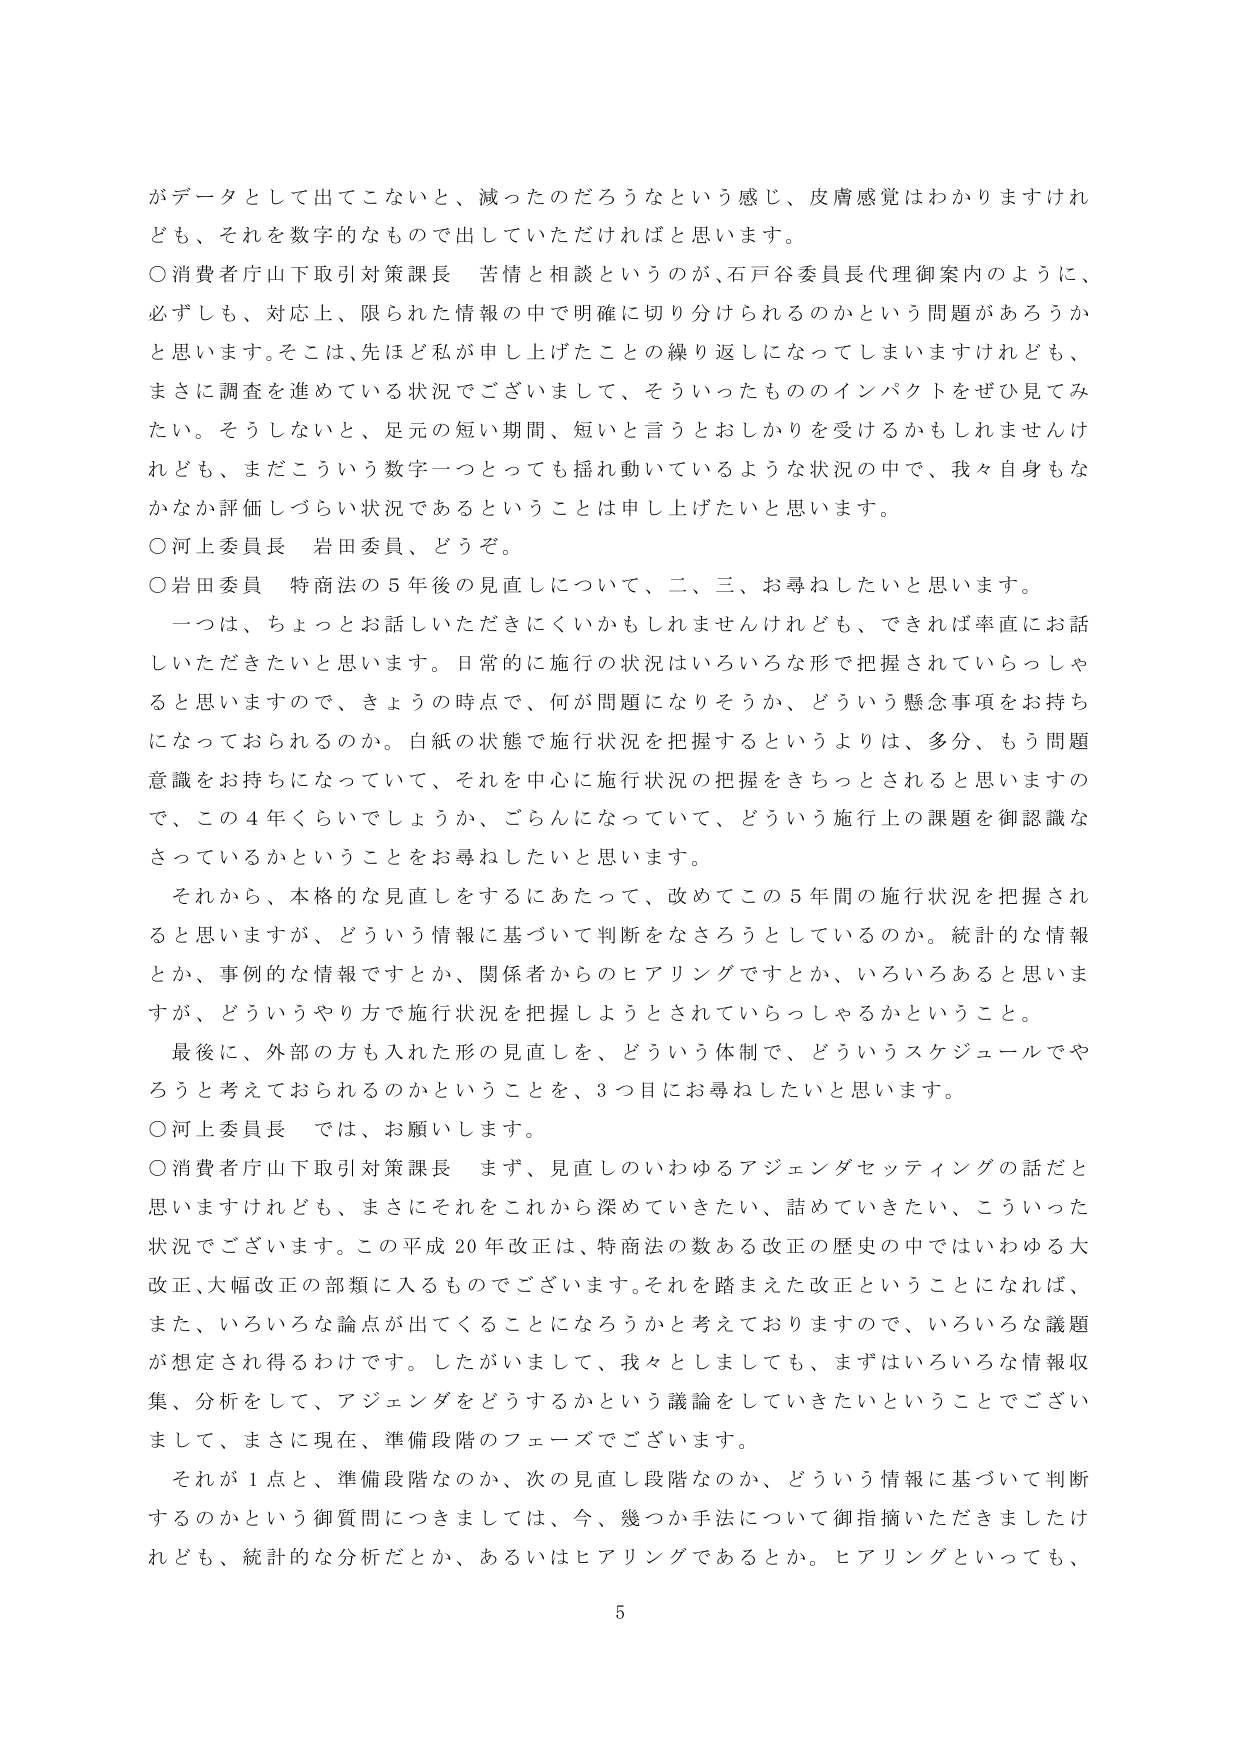
がデータとして出てこないと、減ったのだろうなという感じ、皮膚感覚はわかりますけれども、それを数字的なもので出していただければと思います。

○消費者庁山下取引対策課長　苦情と相談というのが、石戸谷委員長代理御案内のように、必ずしも、対応上、限られた情報の中で明確に切り分けられるのかという問題があろうかと思います。そこは、先ほど私が申し上げたことの繰り返しになってしまいますがけれども、まさに調査を進めている状況でございまして、そういったもののインパクトをぜひ見てみたい。そうしないと、足元の短い期間、短いと言うとおしかりを受けるかもしれませんが、まだこういう数字一つとっても揺れ動いているような状況の中で、我々自身もなかなか評価しづらい状況であるということは申し上げたいと思います。

○河上委員長　岩田委員、どうぞ。

○岩田委員　特商法の５年後の見直しについて、二、三、お尋ねしたいと思います。

　一つは、ちょっとお話しいただきにくいかもしれませんが、できれば率直にお話しいただきたいと思います。日常的に施行の状況はいろいろな形で把握されていらっしゃると思いますので、きょうの時点で、何が問題になりそうか、どういう懸念事項をお持ちになっておられるのか。白紙の状態で施行状況を把握するというよりは、多分、もう問題意識をお持ちになっていて、それを中心に施行状況の把握をきちっとされると思いますので、この４年くらいでしょうか、ごらんになっていて、どういう施行上の課題を御認識なさっているかということをお尋ねしたいと思います。

　それから、本格的な見直しをするにあたって、改めてこの５年間の施行状況を把握されると思いますが、どういう情報に基づいて判断をなさろうとしているのか。統計的な情報とか、事例的な情報ですとか、関係者からのヒアリングですとか、いろいろあると思いますが、どういうやり方で施行状況を把握しようとされていらっしゃるかということ。

　最後に、外部の方も入れた形の見直しを、どういう体制で、どういうスケジュールでやろうと考えておられるのかということを、３つ目にお尋ねしたいと思います。

○河上委員長　では、お願いします。

○消費者庁山下取引対策課長　まず、見直しのいわゆるアジェンダセッティングの話だと思いますけれども、まさにそれをこれから深めていきたい、詰めていきたい、こういった状況でございます。この平成20年改正は、特商法の数ある改正の歴史の中ではいわゆる大改正、大幅改正の部類に入るものです。それを踏まえた改正ということになれば、また、いろいろな論点が出てくることになるろうかと考えておりますので、いろいろな議題が想定され得るわけです。したがいまして、我々としましても、まずはいろいろな情報収集、分析をして、アジェンダをどうするかという議論をしていきたいということでございまして、まさに現在、準備段階のフェーズでございます。

　それが１点と、準備段階なのか、次の見直し段階なのか、どういう情報に基づいて判断するのかという御質問につきましては、今、幾つか手法について御指摘いただきましたけれども、統計的な分析だとか、あるいはヒアリングであるとか。ヒアリングといっても、
5